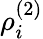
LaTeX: \rho_{i}^{(2)}